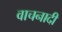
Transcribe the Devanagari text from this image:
वाचनादी